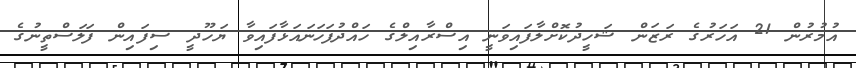
އުމުރުން 21 އަހަރުގެެ ރަޒަން ޝަހީދުކޮށްލާފައިވަނީ އިސްރާއިލްގެ ހައްދުފަހަނައަޅާފައިވާ ޔަހޫދީ ސިފައިން ފަލަސްތީނުގެ